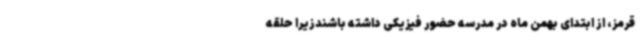
قرمز، از ابتدای بهمن ماه در مدرسه حضور فیزیکی داشته باشندزیرا حلقه